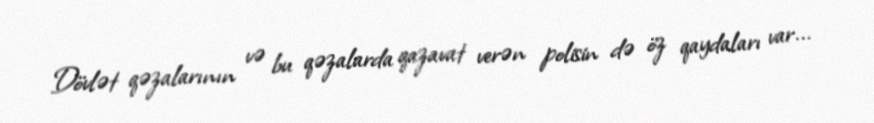
Dövlət qəzalarının və bu qəzalarda qazavat verən polisin də öz qaydaları var...